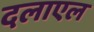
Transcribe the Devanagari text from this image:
दलाएल